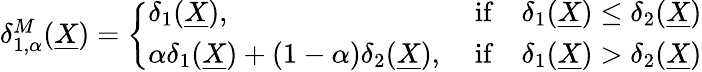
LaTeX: \begin{array}{r}{\delta_{1,\alpha}^{M}(\underline{{X}})=\left\{ \begin{array}{ll}{\delta_{1}(\underline{{X}}),}&{\mathrm{~if}\quad\delta_{1}(\underline{{X}})\leq\delta_{2}(\underline{{X}})}\\ {\alpha\delta_{1}(\underline{{X}})+(1-\alpha)\delta_{2}(\underline{{X}}),}&{\mathrm{~if}\quad\delta_{1}(\underline{{X}})>\delta_{2}(\underline{{X}})}\end{array}\right.}\end{array}